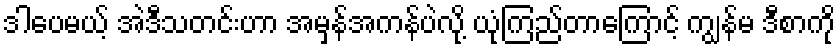
ဒါပေမယ့် အဲဒီသတင်းဟာ အမှန်အကန်ပဲလို့ ယုံကြည်တာကြောင့် ကျွန်မ ဒီစာကို